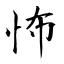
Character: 怖